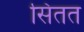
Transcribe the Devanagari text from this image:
सितत